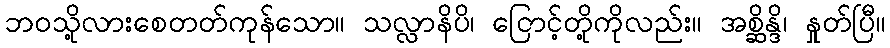
ဘဝသို့လားစေတတ်ကုန်သော။ သလ္လာနိပိ၊ ငြောင့်တို့ကိုလည်း။ အစ္ဆိန္ဒိ၊ နှုတ်ပြီ။